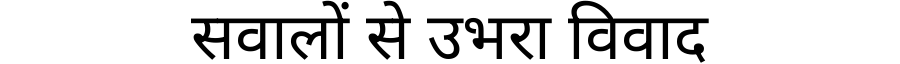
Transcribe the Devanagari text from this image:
सवालों से उभरा विवाद